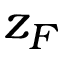
z _ { F }